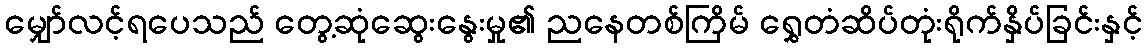
မျှော်လင့်ရပေသည် တွေ့ဆုံဆွေးနွေးမှု၏ ညနေတစ်ကြိမ် ရွှေတံဆိပ်တုံးရိုက်နှိပ်ခြင်းနှင့်